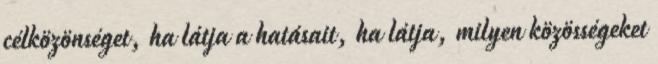
célközönséget, ha látja a hatásait, ha látja, milyen közösségeket